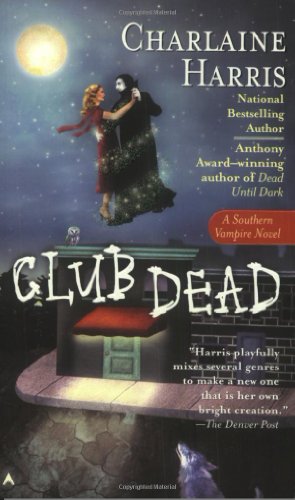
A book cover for Club Dead (Sookie Stackhouse/True Blood, Book 3); Charlaine Harris; Mystery, Thriller & Suspense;